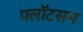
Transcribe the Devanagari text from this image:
फ्लॉटसम